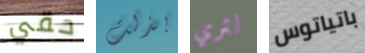
حقي بذلت لتري باتياتوس